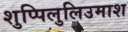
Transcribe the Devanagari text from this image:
शुप्पिलुलिउमाश